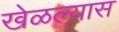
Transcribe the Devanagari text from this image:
खेळल्यास